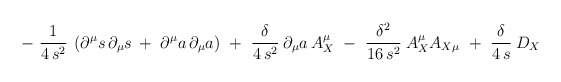
\begin{align*}-\ \frac{1}{4\, s^2}\: \left( \partial^\mu s\, \partial_\mu s\, +\ \partial^\mu a\, \partial_\mu a \right)\ +\ \frac{\delta}{4\, s^2}\: \partial_\mu a\, A_X^\mu\ -\ \frac{\delta^2}{16\, s^2}\: A_X^ \mu A_{X \mu}\ +\ \frac{\delta}{4\, s}\: D_X \end{align*}